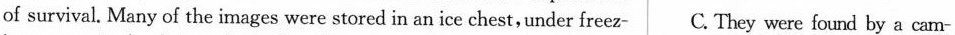
of survival. Many of the images were stored in an ice chest, under freez- C. They were found by a cam-